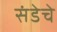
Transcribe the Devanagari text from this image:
संडेचे